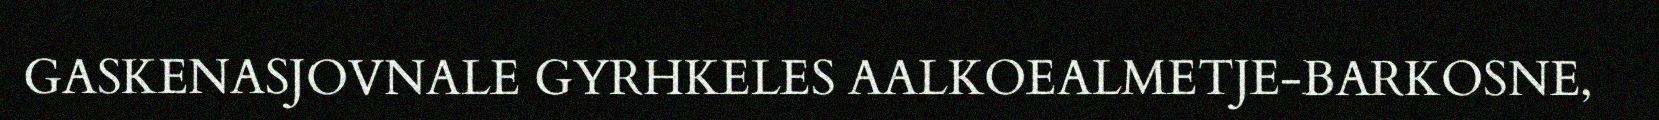
GASKENASJOVNALE GYRHKELES AALKOEALMETJE-BARKOSNE,